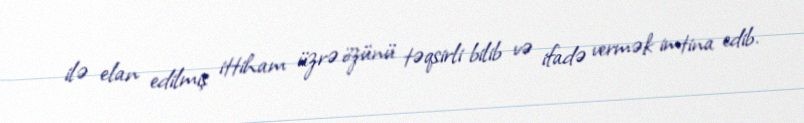
ilə elan edilmiş ittiham üzrə özünü təqsirli bilib və ifadə vermək imtina edib.